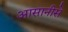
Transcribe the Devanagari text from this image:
आसानीसे